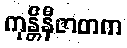
ကုန္တိနီဇာတက